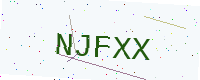
Text: NJFXX